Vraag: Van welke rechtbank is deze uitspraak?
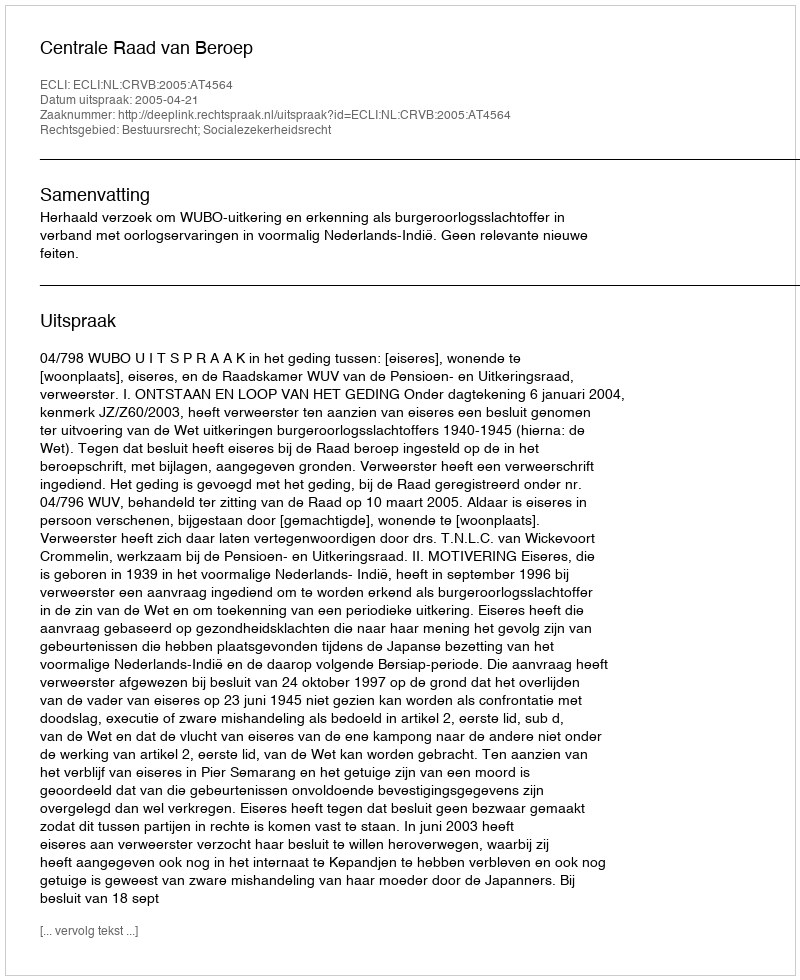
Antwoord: Centrale Raad van Beroep